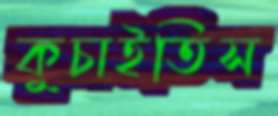
কুচাইতিস